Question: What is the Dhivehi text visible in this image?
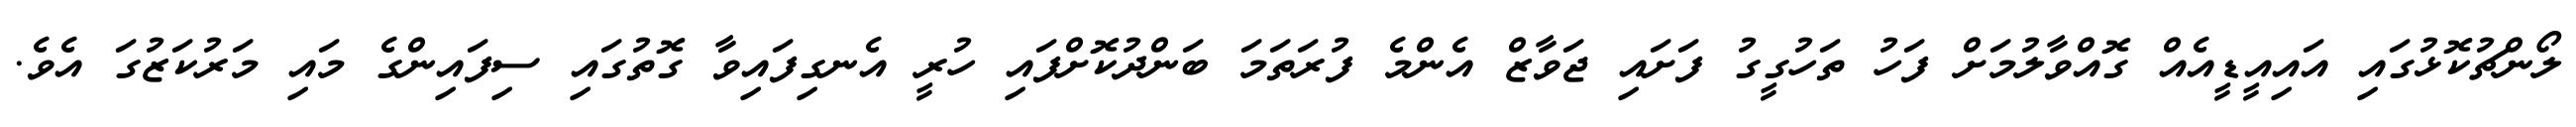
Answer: ލޯންޗުކޮޅުގައި އައިއީޑީއެއް ގޮއްވާލުމަށް ފަހު ތަހުގީގު ފަށައި ޖަވާޒް އެންމެ ފުރަތަމަ ބަންދުކޮށްފައި ހުރީ އެނގިފައިވާ ގޮތުގައި ސިފައިންގެ މައި މަރުކަޒުގަ އެވެ.